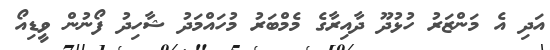
އަދި އެ މަންޒަރު ހުޅުދޫ ދާއިރާގެ މެމްބަރު މުހައްމަދު ޝާހިދު ފޯނުން ވީޑިއޯ